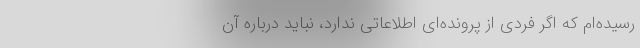
رسیده‌ام که اگر فردی از پرونده‌ای اطلاعاتی ندارد، نباید درباره آن